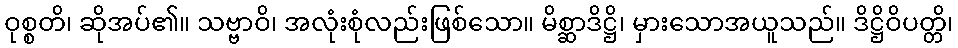
ဝုစ္စတိ၊ ဆိုအပ်၏။ သဗ္ဗာဝိ၊ အလုံးစုံလည်းဖြစ်သော။ မိစ္ဆာဒိဋ္ဌိ၊ မှားသောအယူသည်။ ဒိဋ္ဌိဝိပတ္တိ၊